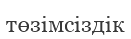
төзімсіздік